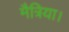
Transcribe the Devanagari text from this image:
मैत्रिया।